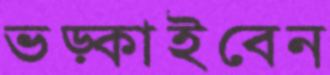
ভড়্‌কাইবেন